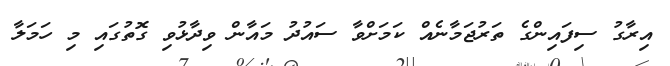
އިރާގު ސިފައިންގެ ތަރުޖަމާނެއް ކަމަށްވާ ސައުދު މައާން ވިދާޅުވި ގޮތުގައި މި ހަމަލާ